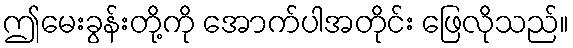
ဤမေးခွန်းတို့ကို အောက်ပါအတိုင်း ဖြေလိုသည်။